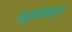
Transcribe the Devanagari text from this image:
स्ट्राटोलाइनर